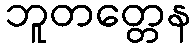
ဘူတတ္တေန